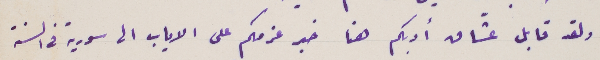
ولقد قابل عشّاق أدبكم هنا خبر عزمكم على الاياب الى سورية في السنة